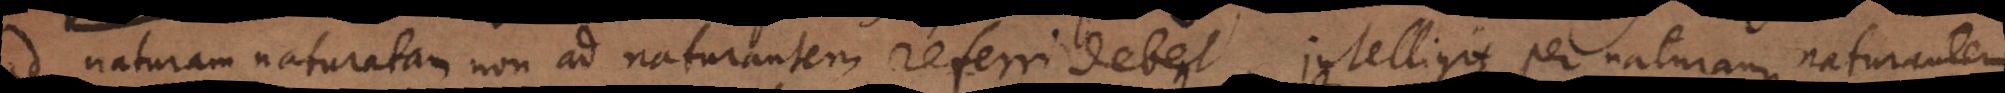
ad naturam naturatam non ad naturantem referri debent. Intelligit per naturam naturantem